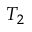
T _ { 2 }